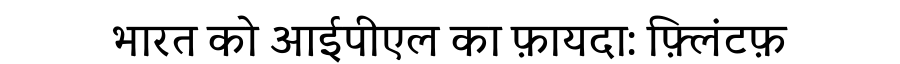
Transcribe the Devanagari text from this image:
भारत को आईपीएल का फ़ायदा: फ़्लिंटफ़